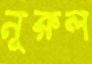
নূরুল